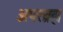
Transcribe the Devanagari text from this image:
अपरब्रह्म